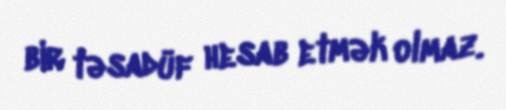
bir təsadüf hesab etmək olmaz.